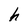
Character: h